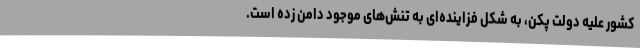
کشور علیه دولت پکن، به شکل فزاینده‌ای به تنش‌های موجود دامن زده است.